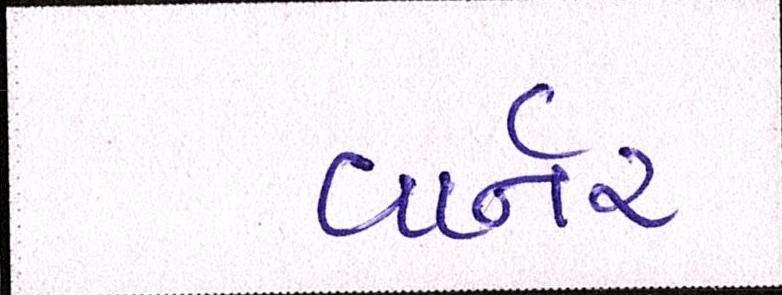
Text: વાર્નર